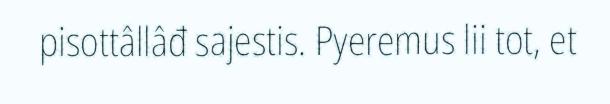
pisottâllâđ sajestis. Pyeremus lii tot, et